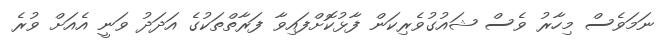
ނަމަވެސް މިހާރު ވެސް ޝައުގުވެރިކަން ފާޅުކޮށްފައިވާ ފަރާތްތަކުގެ އަދަދު ވަނީ އެއަށް ވުރެ